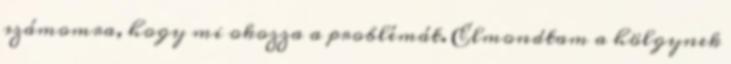
számomra, hogy mi okozza a problémát. Elmondtam a hölgynek